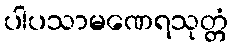
ပါပသာမဏေရသုတ္တံ